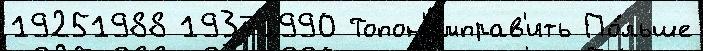
19251988 19371990 Топон'имправ'ить По́льше